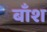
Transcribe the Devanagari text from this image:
बाँश